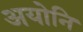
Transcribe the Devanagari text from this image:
अयोनि